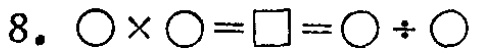
8. $\bigcirc\times\bigcirc = \square=\bigcirc\div\bigcirc$